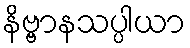
နိဗ္ဗာနသပ္ပါယာ